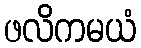
ဖလိကမယံ